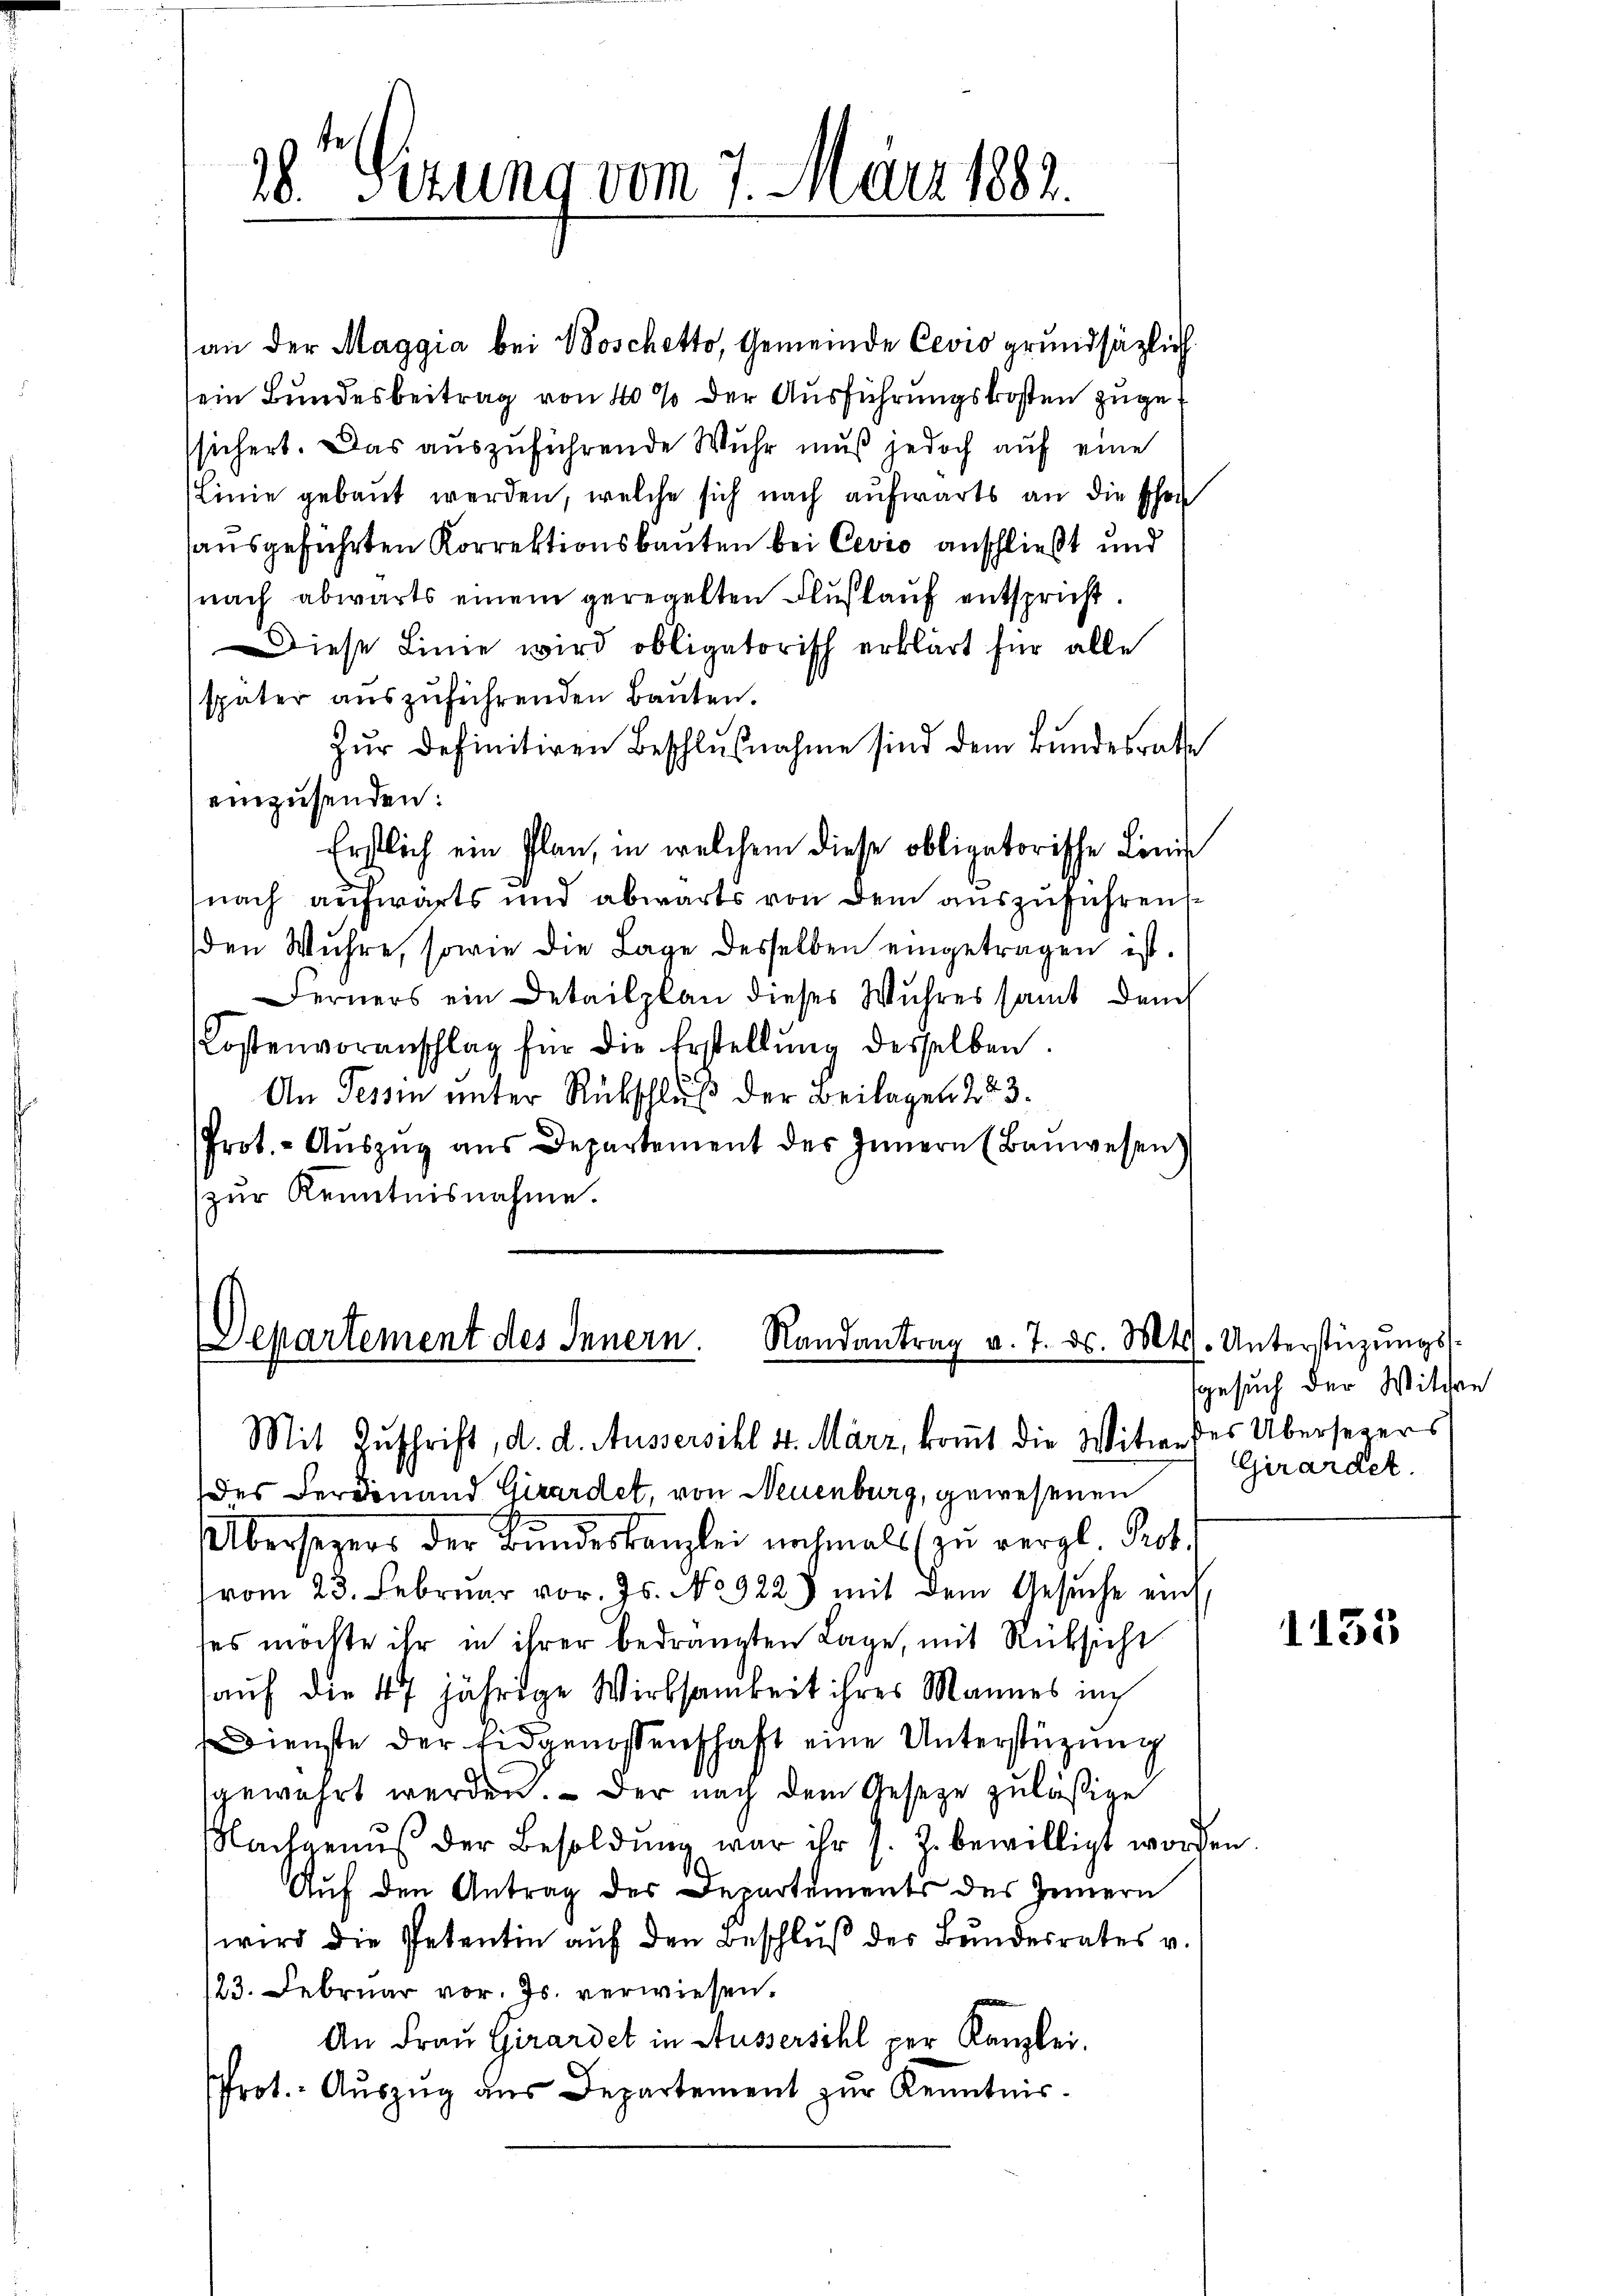
28 Sizung vom 7. März 1882.

an der Maggia bei Boschetto, Gemeinde Cevio grundsätzlich
sein Bundesbeitrag von 40% der Ausführungskosten zugesichert. Das auszuführende Wuhr muß jedoch auf eine
Linie gebaut werden, welche sich nach aufwärts an die Ehen
ausgeführten Korrektionsbauten bei Cevio anschließt und
nach abwärts einem geregelten Fluskauf entspricht.
Diese Linie wird obligatorisch erklärt für alle
später auszuführenden Bauten.
Zŭr definitiven Beschlußnahme sind dem Bundesrathe
einzusenden:
Erstlich ein Plan, in welchem diese obligatorische Lini
nach aufwärts und abwärts von dem auszuführen
den Wuhre, sowie die Lage desselben eingetragen ist.
Ferners ein Detailplan dieses Wuhres samt danch
Kostenvoranschlag für die Erstellŭng desselben.
An Tessin unter Rückschluß der Beilagen 223.
Prot. - Aŭszŭg aŭs Departement des Innern (Baŭwesen
zur Kenntnisnahme.

des Verdinand Girardet, von Neuenburg, gewesenen
Übersezers der Bŭndeskanzlei nochmals zŭ vergl. Prot.
vom 23. Febrŭar vor. Js. No 922.) mit dem Gesŭche auf,
ses möchte ihr in ihrer bedrängten Lage, mit Rücksicht
auf die 47 jährige Wirksamkeit ihres Mannes in
Dienste der Eidgenossenschaft eine Unterstüzung
gewahrt werden. - Der nach dem Gesetze zuläßige
Nachgenuß der Besoldung war ihr s. Z. bewilligt worden.
Auf den Antrag des Departements des Innern
wird die Petentin auf den Beschluß des Bundesrates v.
/23. Februar vor. Js. verwiesen.
An Frau Girardet in Aussersihl per Kanzlei.
Prot. Aŭszŭg aŭs Departement zŭr Kenntnis.

epartement des Innern. Randantrag v. 7. ds. Mts. Unterstützŭngs-
Mit Zuschrift, d. d. Aussersihl 4. März, kommt die Witweser Übersezers

sgesuch der Witten
Girardet.

1155